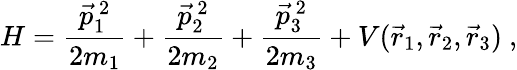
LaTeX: H=\frac{\vec{p}_{1}^{~2}}{2m_{1}}+\frac{\vec{p}_{2}^{~2}}{2m_{2}}+\frac{\vec{p}_{3}^{~2}}{2m_{3}}+V(\vec{r}_{1},\vec{r}_{2},\vec{r}_{3})~,